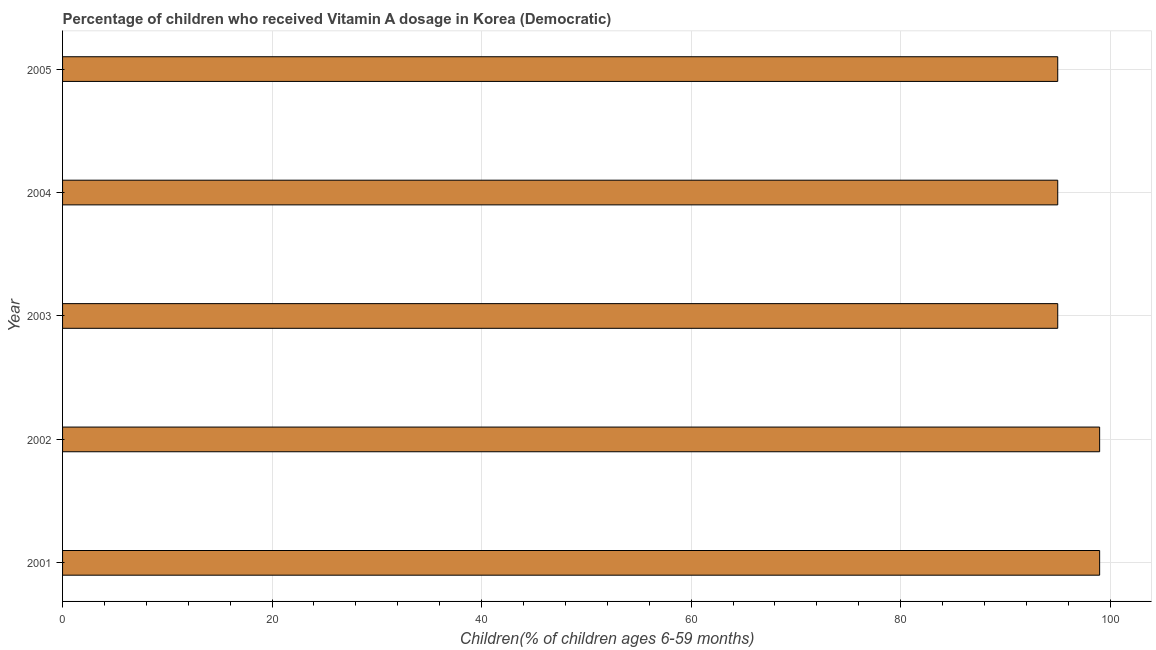
| Year | Vitamin A supplementation coverage rate  |
 | --- | --- |
 | 2001 | 99 |
 | 2002 | 99 |
 | 2003 | 95 |
 | 2004 | 95 |
 | 2005 | 95 |